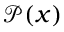
\mathcal { P } ( x )